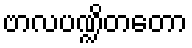
ဗာလပဏ္ဍိတတော